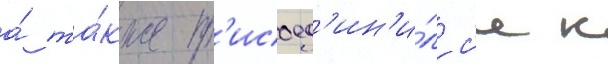
а́ та́кже пр'исоед'ин'и́лс'я к